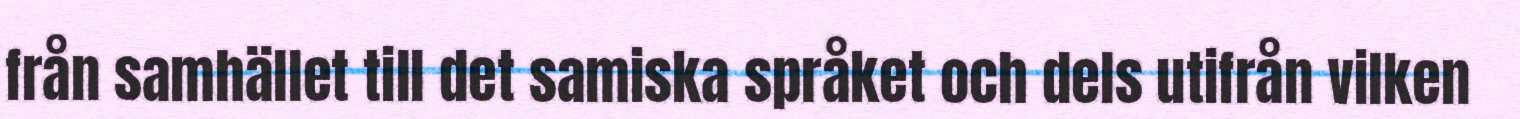
från samhället till det samiska språket och dels utifrån vilken